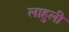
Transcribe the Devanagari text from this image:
लाहुली